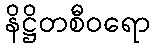
နိဋ္ဌိတစီဝရော